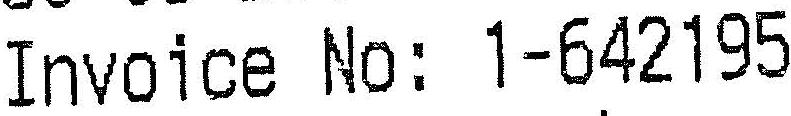
INVOICE NO: 1-642195